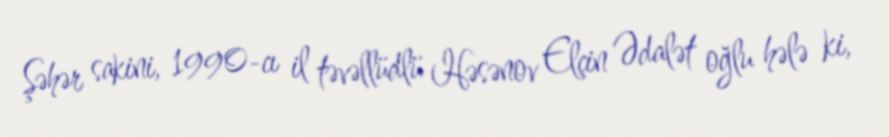
Şəhər sakini, 1990-cı il təvəllüdlü Həsənov Elçin Ədalət oğlu hələ ki,